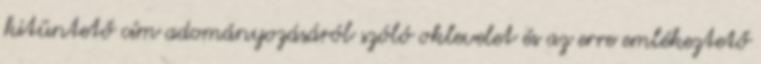
kitüntető cím adományozásáról szóló oklevelet és az erre emlékeztető